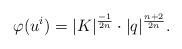
LaTeX: \begin{align*}\varphi(u^{i})=|K|^{\frac{-1}{2n}}\cdot|q|^{\frac{n+2}{2n}}. \end{align*}